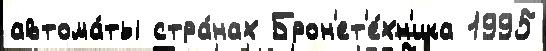
автома́ты стра́нах Брон'ет'е́хн'ика 1995